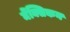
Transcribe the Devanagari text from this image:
मेंक्सिकन